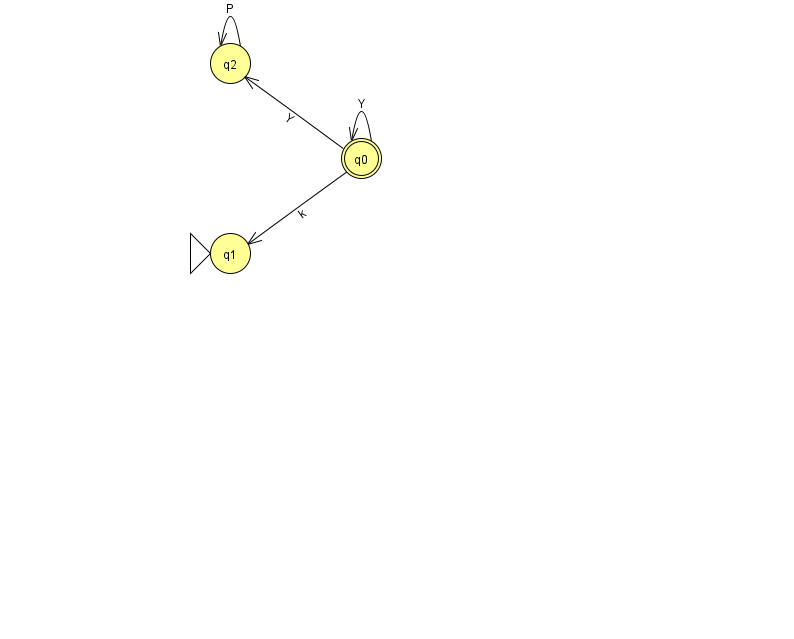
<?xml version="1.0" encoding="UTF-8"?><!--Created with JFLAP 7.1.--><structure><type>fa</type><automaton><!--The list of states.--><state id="0" name="q0"><x>361.0</x><y>145.0</y><final/></state><state id="1" name="q1"><x>230.0</x><y>240.0</y><initial/></state><state id="2" name="q2"><x>230.0</x><y>50.0</y></state><!--The list of transitions.--><transition><from>2</from><to>2</to><read>P</read></transition><transition><from>0</from><to>2</to><read>Y</read></transition><transition><from>0</from><to>1</to><read>k</read></transition><transition><from>0</from><to>0</to><read>Y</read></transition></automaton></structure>